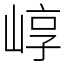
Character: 崞